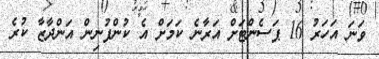
ވަނަ އަހަރު 16 ޕަސެންޓަށް އަރާނެ ކަމަށް އެ ކުންފުނިން އަންދާޒާ ކުރެ